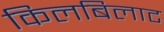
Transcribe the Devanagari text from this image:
किलबिलाट